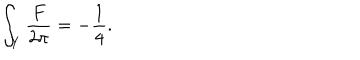
\int _ { Y } { \frac { F } { 2 \pi } } = - { \frac { 1 } { 4 } } .